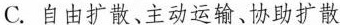
C.自由扩散、主动运输、协助扩散